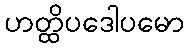
ဟတ္ထိပဒေါပမော